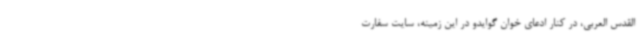
القدس العربی، در کنار ادعای خوان گوایدو در این زمینه، سایت سفارت